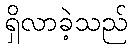
ရှိလာခဲ့သည်